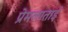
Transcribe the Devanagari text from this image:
प्रेमलाताई